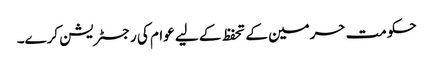
حکومت حرمین کے تحفظ کے لیے عوام کی رجسٹریشن کرے۔